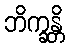
ဘိက္ခန္တိ